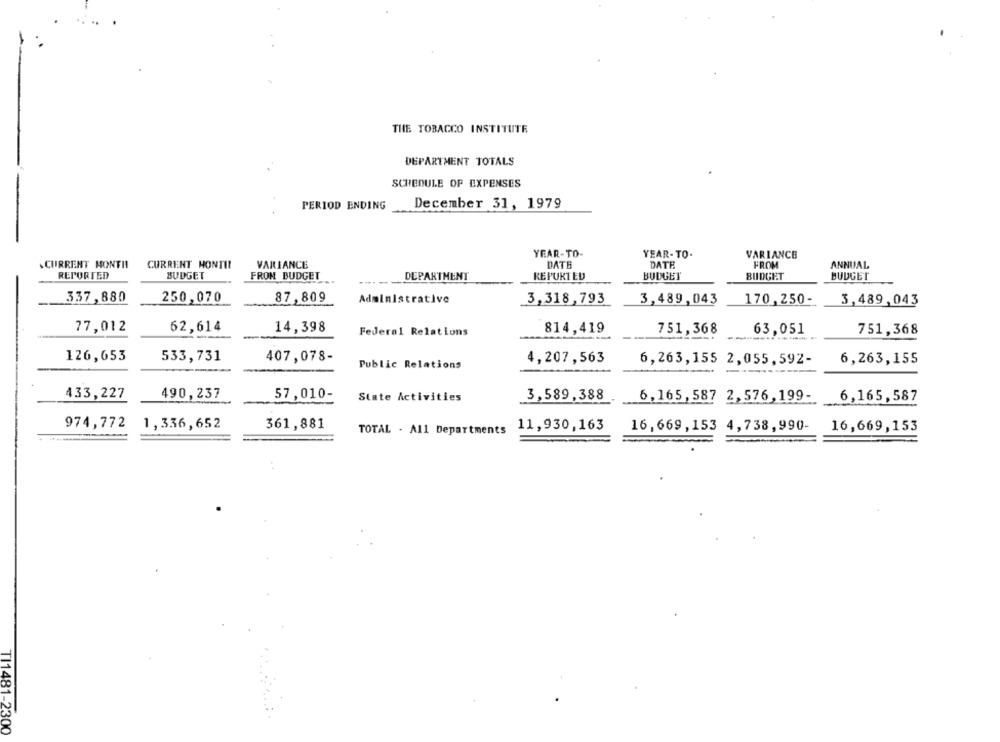
THE TOBACCO INSTITUTE
DEPARTMENT TOTALS
SCHEDULE OF EXPENSES
PERIOD ENDING
December 31, 1979
YEAR-TO-
YEAR-TO-
VARIANCE
CURRENT MONTH
CURRENT HONTI!
VARIANCE
DATE
DATE
FROM
ANNUAL
REPORTED
BUDGET
FROM BUDGET
BUDGET
DEPARTMENT
REPORTED
BUDGET
BUDGET
337,880
250,070
87,809
Administrative
3,318,793
3,489,043
170,250-
3,489,043
77,012
62,614
14,398
Federal Relations
814,419
751,368
63,051
751,368
126,653
533,731
407,078-
4,207,563
6,263,155 2,055,592-
6,263,155
Public Relations
433,227
490,237
57,010-
State Activities
3,589,388
6,165, 587 2, 576,199-
6,165,587
974,772
1,336,652
361,881
TOTAL - All Departments
11,930,163
16,669,153 4,738,990-
16,669,153
TI1481-2300